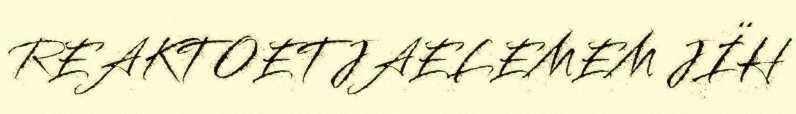
REAKTOETJAELEMEM JÏH